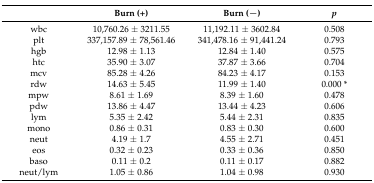
|  | Burn (+) | Burn (−) | p |
 | --- | --- | --- | --- |
 | wbc | 10,760.26 ± 3211.55 | 11,192.11 ± 3602.84 | 0.508 |
 | plt | 337,157.89 ± 78,561.46 | 341,478.16 ± 91,441.24 | 0.793 |
 | hgb | 12.98 ± 1.13 | 12.84 ± 1.40 | 0.575 |
 | htc | 35.90 ± 3.07 | 37.87 ± 3.66 | 0.704 |
 | mcv | 85.28 ± 4.26 | 84.23 ± 4.17 | 0.153 |
 | rdw | 14.63 ± 5.45 | 11.99 ± 1.40 | 0.000 * |
 | mpw | 8.61 ± 1.69 | 8.39 ± 1.60 | 0.478 |
 | pdw | 13.86 ± 4.47 | 13.44 ± 4.23 | 0.606 |
 | lym | 5.35 ± 2.42 | 5.44 ± 2.31 | 0.835 |
 | mono | 0.86 ± 0.31 | 0.83 ± 0.30 | 0.600 |
 | neut | 4.19 ± 1.7 | 4.55 ± 2.71 | 0.451 |
 | eos | 0.32 ± 0.23 | 0.33 ± 0.36 | 0.850 |
 | baso | 0.11 ± 0.2 | 0.11 ± 0.17 | 0.882 |
 | neut/lym | 1.05 ± 0.86 | 1.04 ± 0.98 | 0.930 |